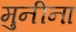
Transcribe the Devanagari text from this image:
मुनीना